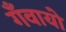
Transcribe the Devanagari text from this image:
गँवायो